Civil Veterinary Department Bengal reports 1933-51 - 1933-1951
Year: 1933
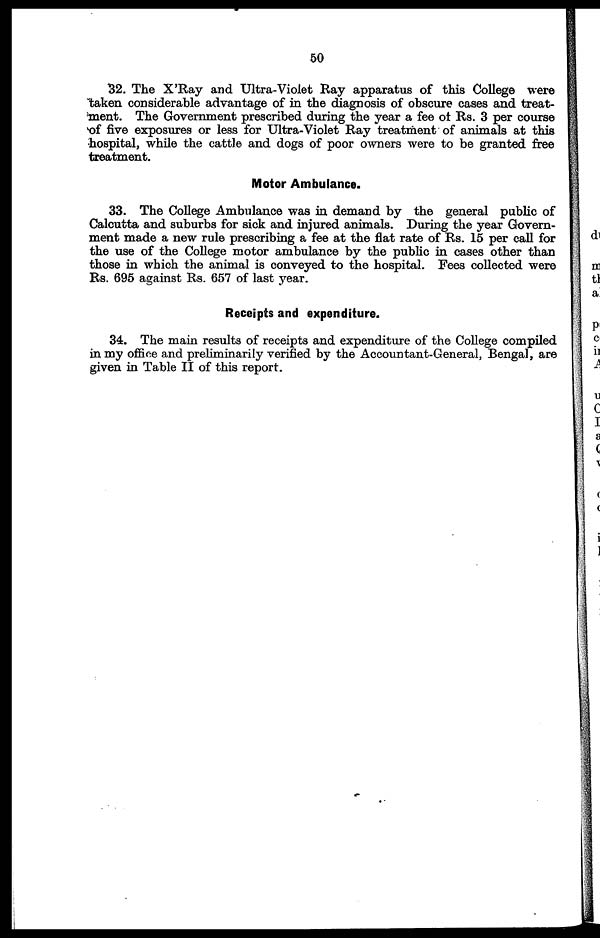
50
32. The X'Ray and Ultra-Violet Ray apparatus of this College were
taken considerable advantage of in the diagnosis of obscure cases and treat-
ment. The Government prescribed during the year a fee of Rs. 3 per course
of five exposures or less for Ultra-Violet Ray treatment of animals at this
hospital, while the cattle and dogs of poor owners were to be granted free
treatment.
Motor Ambulance.
33. The College Ambulance was in demand by the general public of
Calcutta and suburbs for sick and injured animals. During the year Govern-
ment made a new rule prescribing a fee at the flat rate of Rs. 15 per call for
the use of the College motor ambulance by the public in cases other than
those in which the animal is conveyed to the hospital. Fees collected were
Rs. 695 against Rs. 657 of last year.
Receipts and expenditure.
34. The main results of receipts and expenditure of the College compiled
in my office and preliminarily verified by the Accountant-General, Bengal, are
given in Table II of this report.